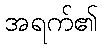
အရက်၏